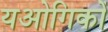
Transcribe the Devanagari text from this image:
यओगिकों